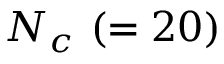
N _ { c } ~ ( = 2 0 )